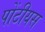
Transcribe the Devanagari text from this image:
पोंटीयस